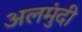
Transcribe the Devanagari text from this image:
अलमुंदी